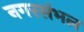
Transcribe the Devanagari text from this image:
नगरसंभल